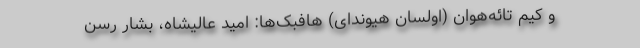
و کیم تائه‌هوان (اولسان هیوندای) هافبک‌ها: امید عالیشاه، بشار رسن